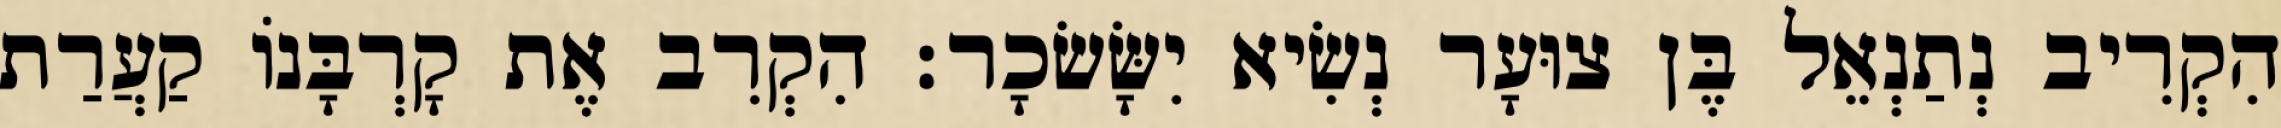
הִקְרִיב נְתַנְאֵל בֶּן צוּעָר נְשִׂיא יִשָּׂשׂכָר׃ הִקְרִב אֶת קָרְבָּנוֹ קַעֲרַת